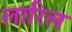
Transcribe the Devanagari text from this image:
लारिल